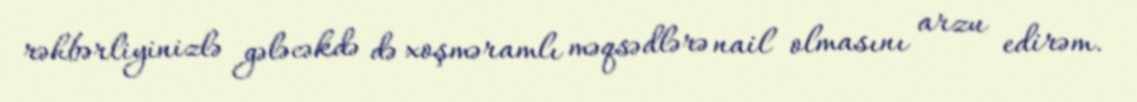
rəhbərliyinizlə gələcəkdə də xoşməramlı məqsədlərə nail olmasını arzu edirəm.